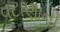
વટાણાની